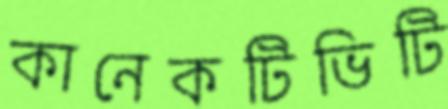
কানেকটিভিটি